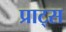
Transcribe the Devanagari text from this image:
प्राट्स